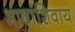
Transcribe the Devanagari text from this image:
भाषांशिवाय